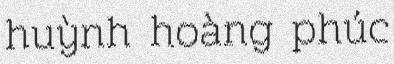
huỳnh hoàng phúc